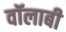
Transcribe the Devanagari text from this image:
वॉलाबी